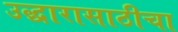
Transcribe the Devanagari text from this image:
उद्धारासाठीचा